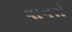
વાનરો